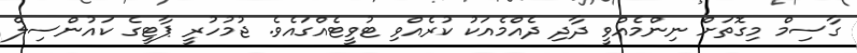
ގާސިމް މިގޮތަަށް ނިންމެއްވީ ދާދި ދެއްމެއަކު ކުރެއްވި ޓުވީޓެއްގައެވެ. ޖުމުހުރީ ޕާޓީގެ ކައުންސިލް